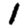
Digit: 1